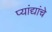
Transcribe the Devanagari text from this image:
प्यांद्यांचे